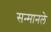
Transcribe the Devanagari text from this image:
सन्मानले